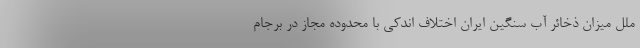
ملل میزان ذخائر آب سنگین ایران اختلاف اندکی با محدوده مجاز در برجام